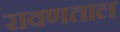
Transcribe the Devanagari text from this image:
रावणताल